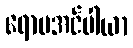
ရောမအင်ပါယာ